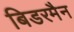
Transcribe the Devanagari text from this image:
बिडरमैन